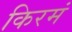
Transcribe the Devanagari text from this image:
किरमं